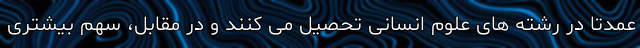
عمدتاً در رشته های علوم انسانی تحصیل می کنند و در مقابل، سهم بیشتری